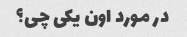
در مورد اون یکی چی؟